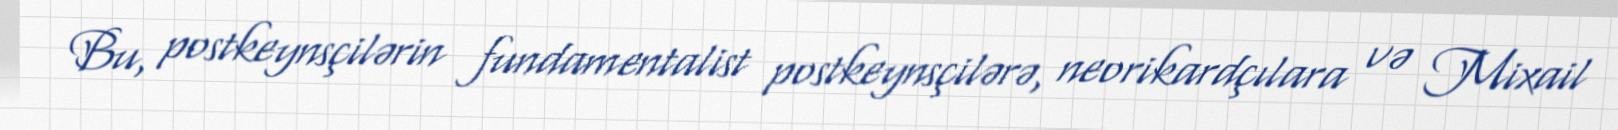
Bu, postkeynsçilərin fundamentalist postkeynsçilərə, neorikardçılara və Mixail